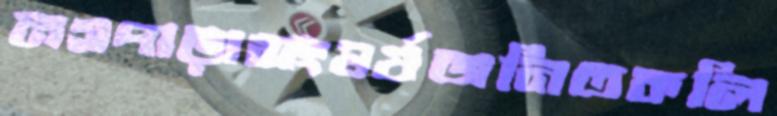
নগপাড়াসংঘর্ষজনিতকলি